Leaving Certificate Examination, 1920
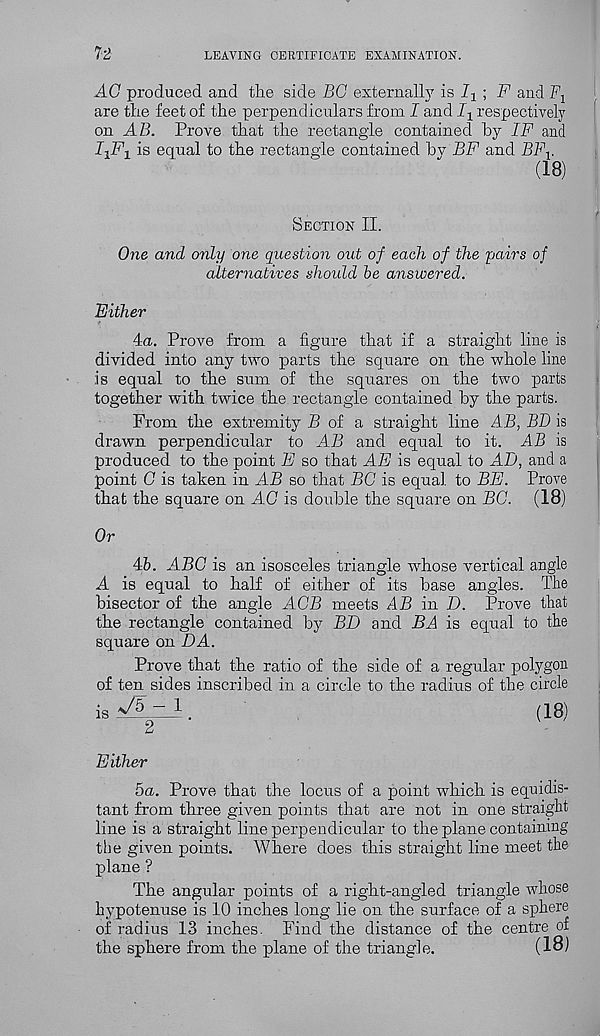
72
LEAVING CERTIFICATE EXAMINATION.
AC produced and the side BC externally is
; F and F x
are the feet of the perpendiculars from I and I 1 respectively
on AB. Prove that the rectangle contained by IF and
I 1 F 1 is equal to the rectangle contained bv BF and BF V
(IB)
Section II.
One and only one question out of each of the 'pairs of
alternatives should be answered.
Either
4a. Prove from a figure that if a straight line is
divided into any two parts the square on the whole line
is equal to the sum of the squares on the two parts
together with twice the rectangle contained by the parts.
From the extremity P of a straight line AB, BD is
drawn perpendicular to AB and equal to it. AB is
produced to the point F so that AE is equal to AD, and a
point C is taken in AB so that BC is equal to BE. Prove
that the square on AC is double the square on BC. (18)
Or
4b. ABC is an isosceles triangle whose vertical angle
A is equal to half of either of its base angles. The
bisector of the angle ACB meets AB in D. Prove that
the rectangle contained by BD and BA is equal to the
square on DA.
Prove that the ratio of the side of a regular polygon
of ten sides inscribed in a circle to the radius of the circle
is
-1.
(is)
2
Either
5a. Prove that the locus of a point which is equidis-
tant from three given points that are not in one straight
line is a straight line perpendicular to the plane containing
the given points. Where does this straight line meet the
plane ?
The angular points of a right-angled triangle whose
hypotenuse is 10 inches long lie on the surface of a sphere
of radius 13 inches. Find the distance of the centre of
the sphere from the plane of the triangle.
(18)